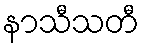
နာသီသတီ